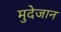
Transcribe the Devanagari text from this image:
मुदेजान